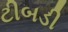
ટીબડી